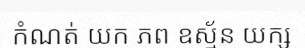
កំណត់ យក ភព ឧស្ម័ន យក្ស